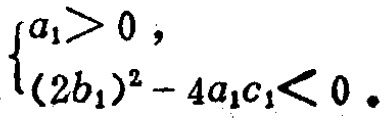
$\left\{\begin{array}{l} a_{1}>0,\\ (2b_{1})^{2}-4a_{1}c_{1}<0.\end{array}\right.$